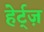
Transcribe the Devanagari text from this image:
हेर्ट्ज़